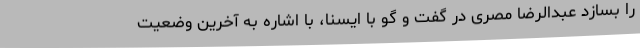
را بسازد عبدالرضا مصری در گفت و گو با ایسنا، با اشاره به آخرین وضعیت